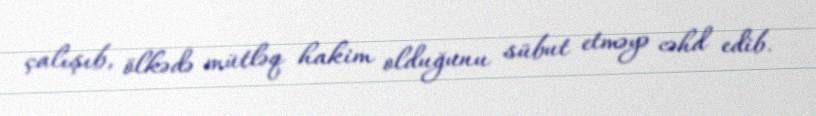
çalışıb, ölkədə mütləq hakim olduğunu sübut etməyə cəhd edib.